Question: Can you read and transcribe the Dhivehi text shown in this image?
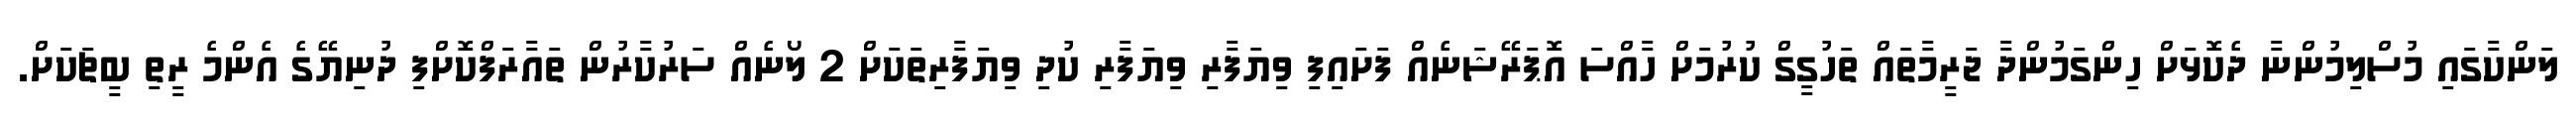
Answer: ލަންކާގައި މުސްލިމުންނާ ދެކޮޅަށް ހިންގަމުންދާ ޖަރީމާތައް ތަހުގީގް ކުރުމަށް ހާއްސަ އޮޕަރޭޝަނެއް ފަށައިފި ވިޔަފާރި ވިޔަފާރި ކުދި ވިޔަފާރިތަކަށް 2 ލޯނެއް ސަރުކާރުން ތައާރަފްކޮށްފި ދުނިޔޭގެ އެންމެ ރީތި ބީޗަކަށް.